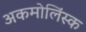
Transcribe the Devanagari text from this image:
अकमोलिंस्क